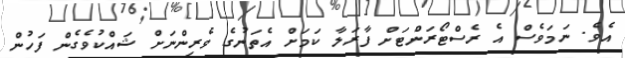
އެވެ. ނަމަވެސް އެ ރެސްޓޯރަންޓަށް ފާރަލާ ކަމަށް އެތަނުގެ ވެރިންނަށް ޝައްކުވެގެން ފަހުން